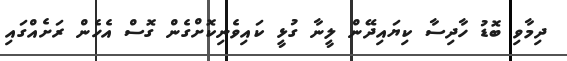
ދިމާވި ބޮޑު ހާދިސާ ކިޔައިދޭން ލީނާ ގުޅީ ކައިވެނިކޮށްގެން ގޮސް އެހެން ރަށެއްގައި